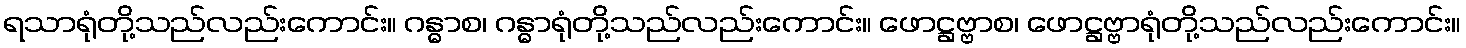
ရသာရုံတို့သည်လည်းကောင်း။ ဂန္ဓာစ၊ ဂန္ဓာရုံတို့သည်လည်းကောင်း။ ဖောဋ္ဌဗ္ဗာစ၊ ဖောဋ္ဌဗ္ဗာရုံတို့သည်လည်းကောင်း။